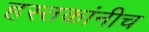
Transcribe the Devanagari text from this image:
हस्तकांनीच